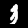
Label: 3